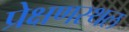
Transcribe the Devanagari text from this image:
प्रेक्षणस्थल